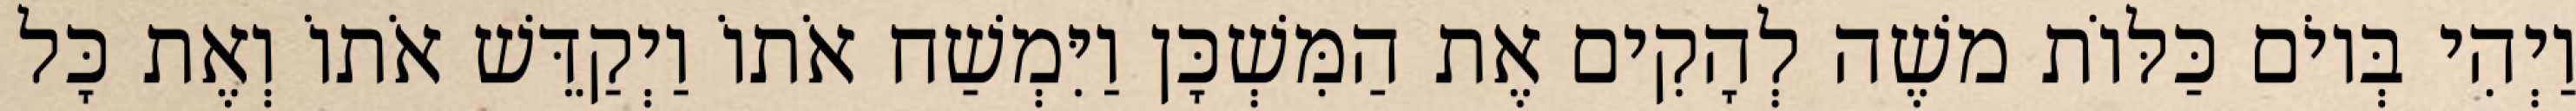
וַיְהִי בְּיוֹם כַּלּוֹת משֶׁה לְהָקִים אֶת הַמִּשְׁכָּן וַיִּמְשַׁח אֹתוֹ וַיְקַדֵּשׁ אֹתוֹ וְאֶת כָּל